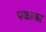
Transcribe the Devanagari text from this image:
पकाका